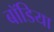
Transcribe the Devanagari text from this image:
बॉडिया